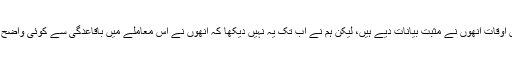
ان کا کہنا ہے’’بعض اوقات انھوں نے مثبت بیانات دیے ہیں، لیکن ہم نے اب تک یہ نہیں دیکھا کہ انھوں نے اس معاملے میں باقاعدگی سے کوئی واضح موقف اختیار کیا ہو۔